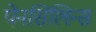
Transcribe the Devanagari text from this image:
पेनसिलिन्स